Problem: 10 + 40 = ?
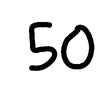
Handwritten answer: 50